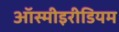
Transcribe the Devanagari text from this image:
ऑस्मीइरीडियम